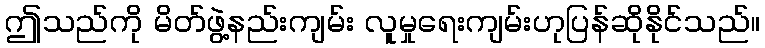
ဤသည်ကို မိတ်ဖွဲ့နည်းကျမ်း လူမှုရေးကျမ်းဟုပြန်ဆိုနိုင်သည်။